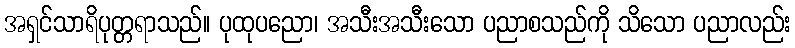
အရှင်သာရိပုတ္တရာသည်။ ပုထုပညော၊ အသီးအသီးသော ပညာစသည်ကို သိသော ပညာလည်း